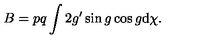
B = p q \int 2 g ^ { \prime } \sin g \cos g \mathrm { d } \chi .